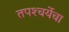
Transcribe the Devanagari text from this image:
तपश्‍चर्येचा